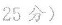
25分)